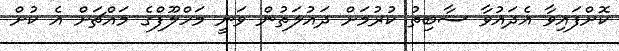
ކޮށްފައިވާ އެދައުވާ ސާބިތު ކުރުމަށް ދައުލަތުން ވަނީ މަހްލޫފްގެ މައްޗަށް އެ ކުށް